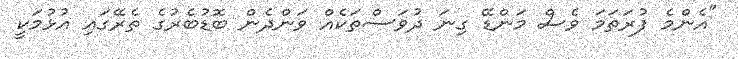
"އެންމެ ފުރަތަމަ ވެސް މަންޑޭ ގިނަ ދުވަސްތަކެއް ވަންދެން ބޮޑުބެރުގެ ތެރޭގައި އުޅުމަކީ